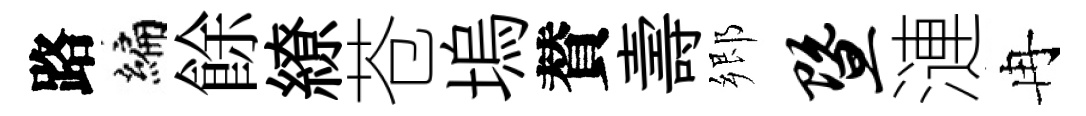
路编餘繚苍塢賛壽郷暨漣冉